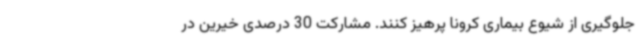
جلوگیری از شیوع بیماری کرونا پرهیز کنند. مشارکت 30 درصدی خیرین در